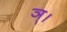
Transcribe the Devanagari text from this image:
ञ्।